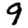
Digit: 9